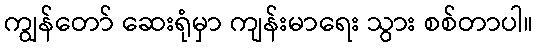
ကျွန်တော် ဆေးရုံမှာ ကျန်းမာရေး သွား စစ်တာပါ။